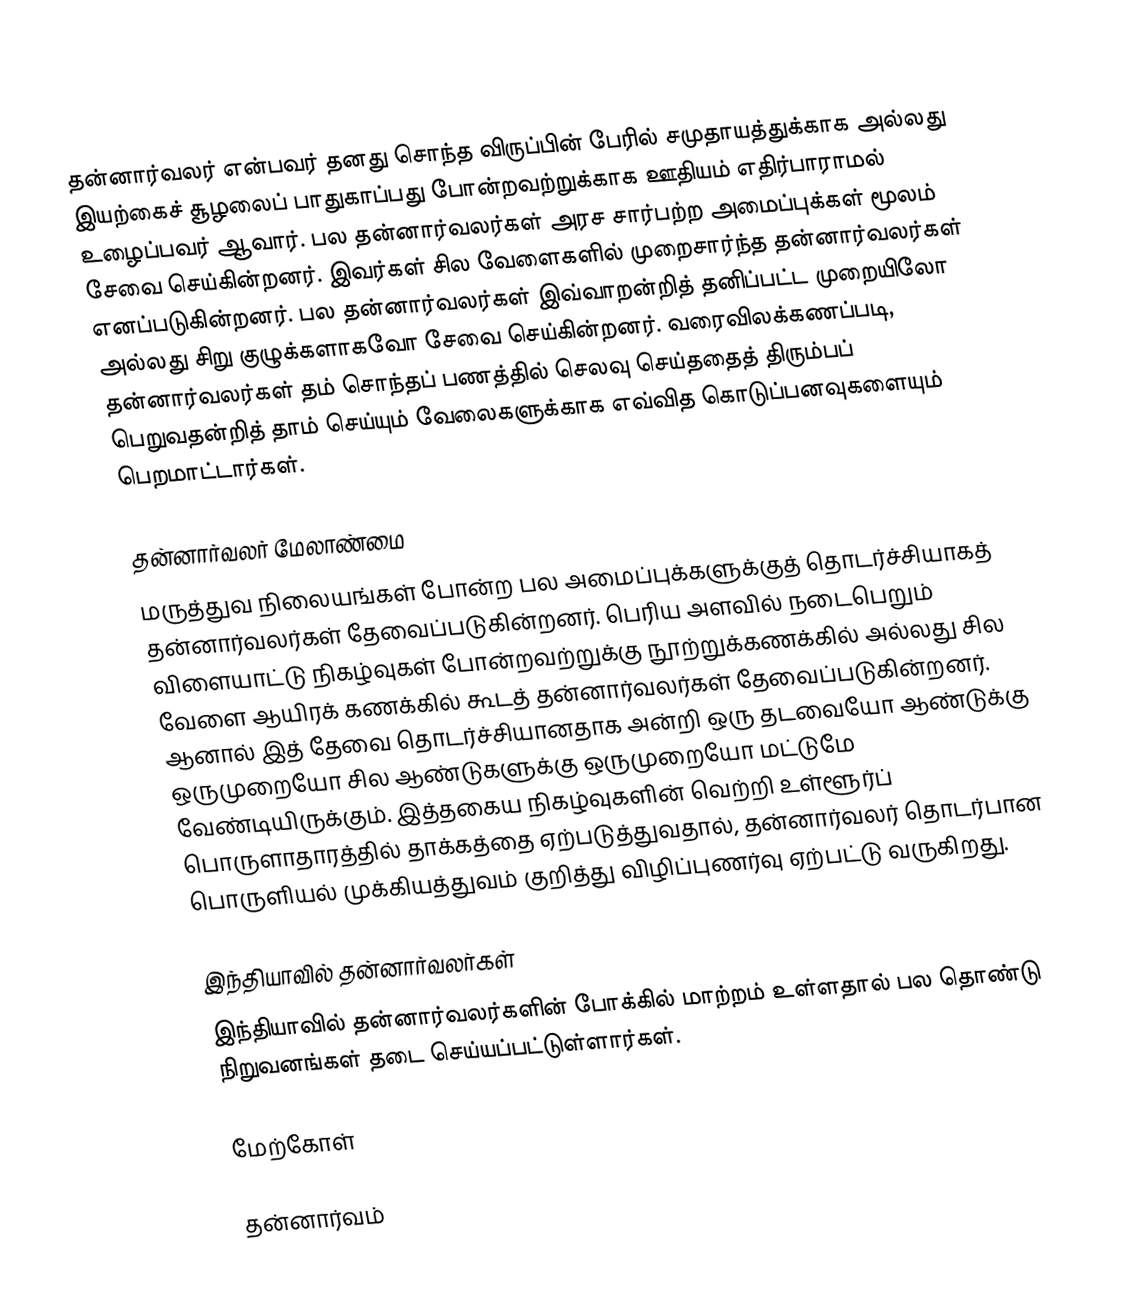
தன்னார்வலர் என்பவர் தனது சொந்த விருப்பின் பேரில் சமுதாயத்துக்காக அல்லது இயற்கைச் சூழலைப் பாதுகாப்பது போன்றவற்றுக்காக ஊதியம் எதிர்பாராமல் உழைப்பவர் ஆவார். பல தன்னார்வலர்கள் அரச சார்பற்ற அமைப்புக்கள் மூலம் சேவை செய்கின்றனர். இவர்கள் சில வேளைகளில் முறைசார்ந்த தன்னார்வலர்கள் எனப்படுகின்றனர். பல தன்னார்வலர்கள் இவ்வாறன்றித் தனிப்பட்ட முறையிலோ அல்லது சிறு குழுக்களாகவோ சேவை செய்கின்றனர். வரைவிலக்கணப்படி, தன்னார்வலர்கள் தம் சொந்தப் பணத்தில் செலவு செய்ததைத் திரும்பப் பெறுவதன்றித் தாம் செய்யும் வேலைகளுக்காக எவ்வித கொடுப்பனவுகளையும் பெறமாட்டார்கள்.

தன்னார்வலர் மேலாண்மை
மருத்துவ நிலையங்கள் போன்ற பல அமைப்புக்களுக்குத் தொடர்ச்சியாகத் தன்னார்வலர்கள் தேவைப்படுகின்றனர். பெரிய அளவில் நடைபெறும் விளையாட்டு நிகழ்வுகள் போன்றவற்றுக்கு நூற்றுக்கணக்கில் அல்லது சில வேளை ஆயிரக் கணக்கில் கூடத் தன்னார்வலர்கள் தேவைப்படுகின்றனர். ஆனால் இத் தேவை தொடர்ச்சியானதாக அன்றி ஒரு தடவையோ ஆண்டுக்கு ஒருமுறையோ சில ஆண்டுகளுக்கு ஒருமுறையோ மட்டுமே வேண்டியிருக்கும். இத்தகைய நிகழ்வுகளின் வெற்றி உள்ளூர்ப் பொருளாதாரத்தில் தாக்கத்தை ஏற்படுத்துவதால், தன்னார்வலர் தொடர்பான பொருளியல் முக்கியத்துவம் குறித்து விழிப்புணர்வு ஏற்பட்டு வருகிறது.

இந்தியாவில் தன்னார்வலர்கள்
இந்தியாவில் தன்னார்வலர்களின் போக்கில் மாற்றம் உள்ளதால் பல தொண்டு நிறுவனங்கள் தடை செய்யப்பட்டுள்ளார்கள்.

மேற்கோள்

தன்னார்வம்